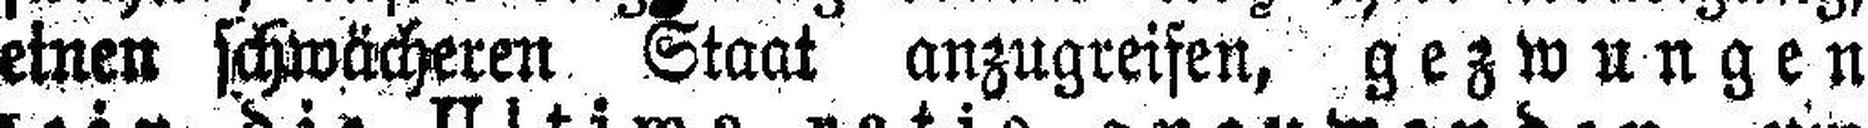
einen schwächeren Staat anzugreisen, gezwungen